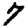
Digit: 7